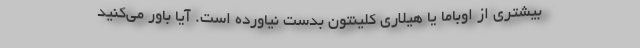
بیشتری از اوباما یا هیلاری کلینتون بدست نیاورده است. آیا باور می‌کنید